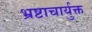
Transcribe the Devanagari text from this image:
भ्रष्टाचार्युक्त